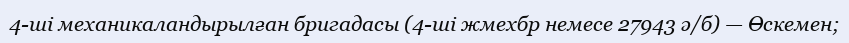
4-ші механикаландырылған бригадасы (4-ші жмехбр немесе 27943 ә/б) — Өскемен;